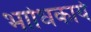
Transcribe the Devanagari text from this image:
भाोधकार्य